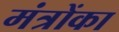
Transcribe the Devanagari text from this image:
मंत्रोंका